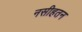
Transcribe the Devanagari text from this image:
नसीहतन